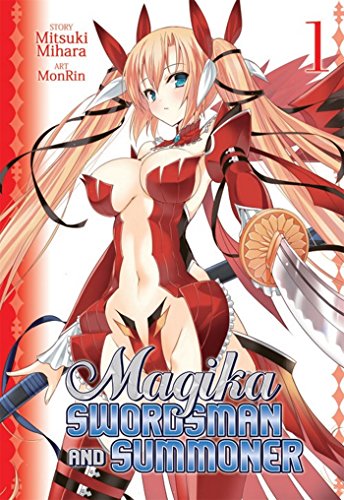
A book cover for Magika Swordsman and Summoner Vol. 1; Mitsuki Mihara; Comics & Graphic Novels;